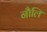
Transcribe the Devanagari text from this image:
नौलि